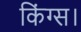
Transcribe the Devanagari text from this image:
किंग्स।